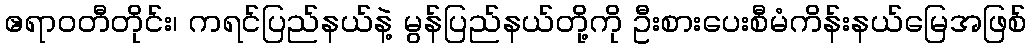
ဧရာဝတီတိုင်း၊ ကရင်ပြည်နယ်နဲ့ မွန်ပြည်နယ်တို့ကို ဦးစားပေးစီမံကိန်းနယ်မြေအဖြစ်